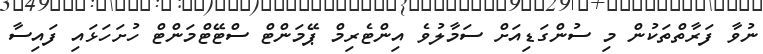
ނުވާ ފަރާތްތަކުން މި ސުންގަޑިއަށް ސަމާލުވެ އިންޓެރިމް ޕޭމަންޓް ސްޓޭޓްމަންޓް ހުށަހަޅައި ފައިސާ